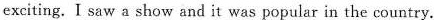
exciting. I saw a show and it was popular in the country.